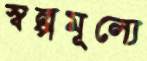
স্বল্পমূল্যে